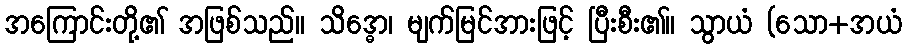
အကြောင်းတို့၏ အဖြစ်သည်။ သိဒ္ဓော၊ မျက်မြင်အားဖြင့် ပြီးစီး၏။ သွာယံ (သော+အယံ